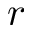
r